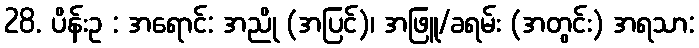
28. ပိန်းဥ : အရောင်: အညို (အပြင်)၊ အဖြူ/ခရမ်း (အတွင်း) အရသာ: